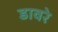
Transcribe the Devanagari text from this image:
डावरे